Indian journal of veterinary science and animal husbandry - Volume 8,
Year: 1938
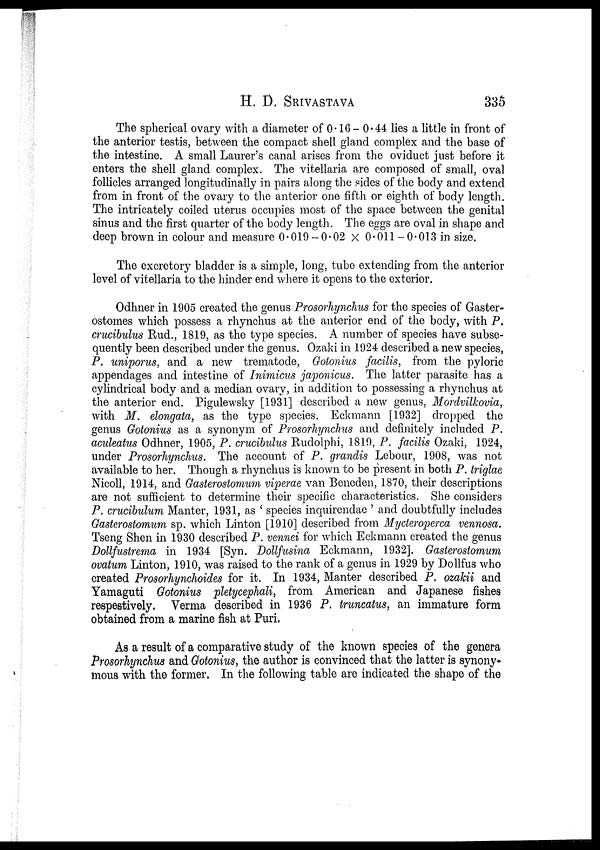
H. D.
SRIVASTAVA
335
The spherical ovary with a diameter of 0.16 — 0.44 lies a little in front of
the anterior testis, between the compact shell gland complex and the base of
the intestine. A small Laurer's canal arises from the oviduct just before it
enters the shell gland complex. The vitellaria are composed of small, oval
follicles arranged longitudinally in pairs along the sides of the body and extend
from in front of the ovary to the anterior one fifth or eighth of body length.
The intricately coiled uterus occupies most of the space between the genital
sinus and the first quarter of the body length. The eggs are oval in shape and
deep brown in colour and measure 0.019 — 0.02 × 0.011—0.013 in size.
The excretory bladder is a simple, long, tube extending from the anterior
level of vitellaria to the hinder end where it opens to the exterior.
Odhner in 1905 created the genus Prosorhynchus for the species of Gaster¬
ostomes which possess a rhynchus at the anterior end of the body, with P.
crucibulus Rud., 1819, as the type species. A number of species have subse-
quently been described under the genus. Ozaki in 1924 described a new species,
P. uniporus, and a new trematode, Gotonius facilis, from the pyloric
appendages and intestine of Inimicus japonicus. The latter parasite has a
cylindrical body and a median ovary, in addition to possessing a rhynchus at
the anterior end. Pigulewsky [1931] described a new genus, Mordvilkovia,
with M. elongata, as the type species. Eckmann [1932] dropped the
genus Gotonius as a synonym of Prosorhynchus and definitely included P.
aculeatus Odhner, 1905, P. crucibulus Rudolphi, 1819, P. facilis Ozaki, 1924,
under Prosorhynchus. The account of P. grandis Lebour, 1908, was not
available to her. Though a rhynchus is known to be present in both P. triglae
Nicoll, 1914, and Gasterostomum viperae van Beneden, 1870, their descriptions
are not sufficient to determine their specific characteristics. She considers
P. crucibulum Manter, 1931, as ' species inquirendae ' and doubtfully includes
Gasterostomum sp. which Linton [1910] described from Mycteroperca vennosa.
Tseng Shen in 1930 described P. vennei for which Eckmann created the genus
Dollfustrema in 1934 [Syn. Dollfusina Eckmann, 1932]. Gasterostomum
ovatum Linton, 1910, was raised to the rank of a genus in 1929 by Dollfus who
created Prosorhynchoides for it. In 1934, Manter described P. ozakii and
Yamaguti Gotonius pletycephali, from American and Japanese fishes
respestively. Verma described in 1936 P. truncatus, an immature form
obtained from a marine fish at Puri.
As a result of a comparative study of the known species of the genera
Prosorhynchus and Gotonius, the author is convinced that the latter is synony-
mous with the former. In the following table are indicated the shape of the